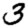
Digit: 3